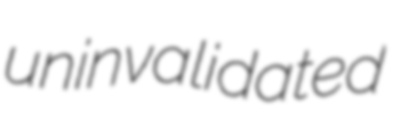
uninvalidated